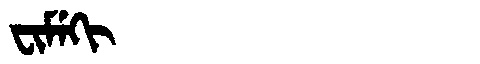
Manchu: ᠸᡳᠮᡝᡴᡳ
Romanization: FIMEKI